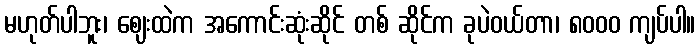
မဟုတ်ပါဘူး၊ ဈေးထဲက အကောင်းဆုံးဆိုင် တစ် ဆိုင်က ခုပဲဝယ်တာ၊ ၈၀၀၀ ကျပ်ပါ။